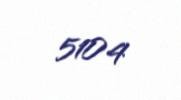
5104